Annual report of the Punjab Veterinary College and of the Civil Veterinary Department, Punjab - 1920-1925
Year: 1920
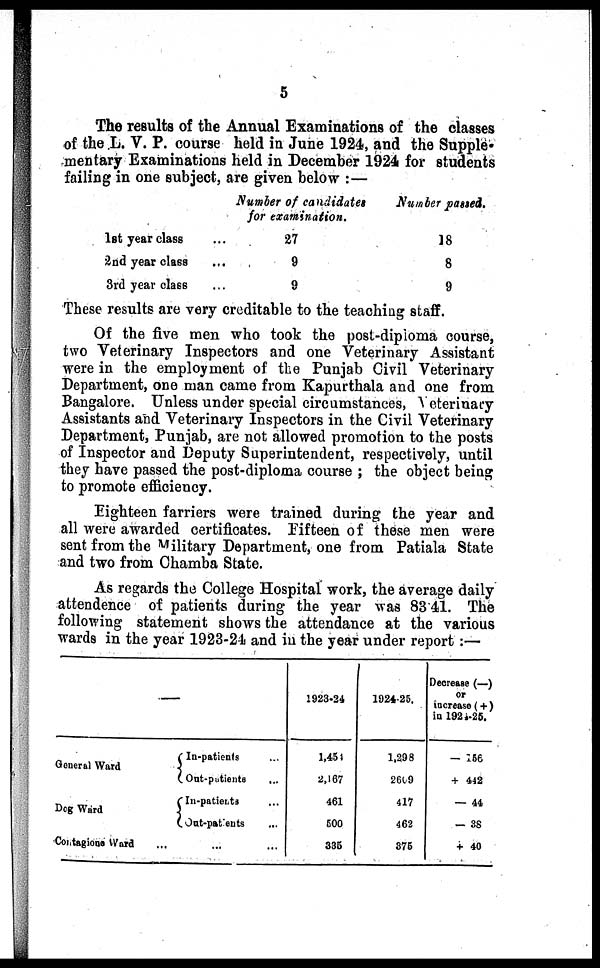
5
The results of the Annual Examinations of the classes
of the L. V. P. course held in June 1924, and the Supple-
mentary Examinations held in December 1924 for students
failing in one subject, are given below:—
1st year class
2nd year class
3rd year class
...
...
...
Number of candidates
for examination.
27
9
9
Number passed.
18
8
9
These results are very creditable to the teaching staff.
Of the five men who took the post-diploma course,
two Veterinary Inspectors and one Veterinary Assistant
were in the employment of the Punjab Civil Veterinary
Department, one man came from Kapurthala and one from
Bangalore. Unless under special circumstances, Veterinary
Assistants and Veterinary Inspectors in the Civil Veterinary
Department, Punjab, are not allowed promotion to the posts
of Inspector and Deputy Superintendent, respectively, until
they have passed the post-diploma course; the object being
to promote efficiency.
Eighteen farriers were trained during the year and
all were awarded certificates. Fifteen of these men were
sent from the Military Department, one from Patiala State
and two from Chamba State.
As regards the College Hospital work, the average daily
attendence of patients during the year was 83 41. The
following statement shows the attendance at the various
wards in the year 1923-24 and in the year under report:—
General Ward
Dog Ward
Contagious Ward
—
In-patients ...
Out-patients ...
In-patients ...
Out-patients ...
... ... ...
1923-24
1,451
2,167
461
500
335
192425.
1,298
2609
417
462
375
Decrease (—)
or
increase (+)
in 1924-25.
— 166
+ 442
— 44
— 38
+ 40